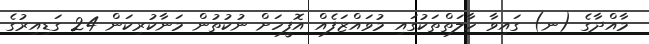
މާއްދާގެ (ނ) ގައިވާ ހާލަތްތަކުގައި މުވައްޒަފެއް އޮފީހަށް ނުކުތުން މަނާކުރިކަން 24 ގަޑިއިރުގެ